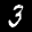
Label: 3